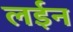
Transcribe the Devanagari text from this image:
लईन